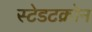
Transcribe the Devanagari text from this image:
स्टेडटक्रोन